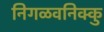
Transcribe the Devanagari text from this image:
निगळवनिक्कु